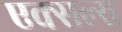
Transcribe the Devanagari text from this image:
एक्सल्स